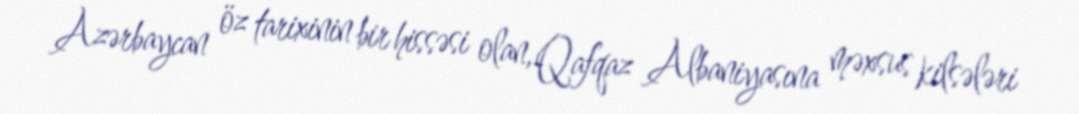
Azərbaycan öz tarixinin bir hissəsi olan, Qafqaz Albaniyasına məxsus kilsələri